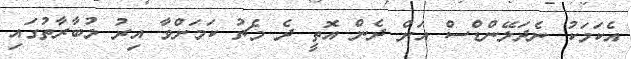
އެކަމަކު ނެދަލޭންޑްސް އަށް ދެން އޮތީ ދެ މެޗު ކަމަށްވާ އިރު މުބާރާތުގައި